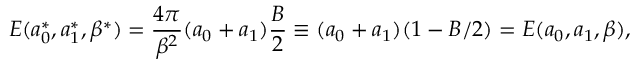
E ( a _ { 0 } ^ { * } , a _ { 1 } ^ { * } , \beta ^ { * } ) = \frac { 4 \pi } { \beta ^ { 2 } } ( a _ { 0 } + a _ { 1 } ) \frac { B } { 2 } \equiv ( a _ { 0 } + a _ { 1 } ) ( 1 - B / 2 ) = E ( a _ { 0 } , a _ { 1 } , \beta ) ,